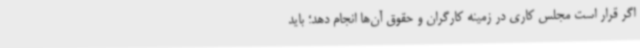
اگر قرار است مجلس کاری در زمینه کارگران و حقوق آن‌ها انجام دهد؛ باید